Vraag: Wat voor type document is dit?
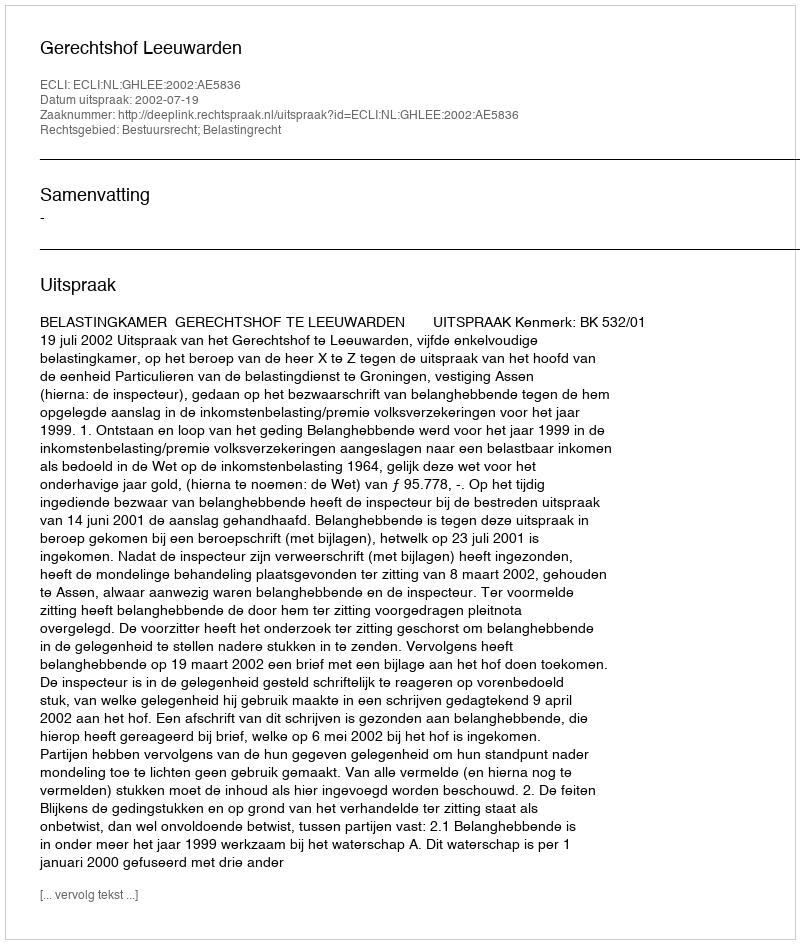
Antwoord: Uitspraak